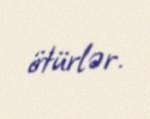
ötürlər.